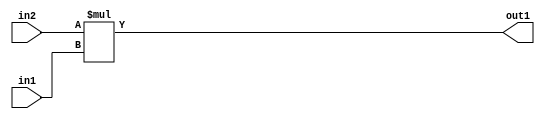
`timescale 1ps / 1ps
/*****************************************************************************
    Verilog RTL Description
    
    
    Created by: Stratus DpOpt 21.05.01 
*******************************************************************************/

module SobelFilter_Mul_32Ux24U_34U_4 (
	in2,
	in1,
	out1
	); /* architecture "behavioural" */ 
input [31:0] in2;
input [23:0] in1;
output [33:0] out1;
wire [33:0] asc001;

assign asc001 = 
	+(in2 * in1);

assign out1 = asc001;
endmodule

/* CADENCE  ubH4Qw0= : u9/ySxbfrwZIxEzHVQQV8Q== ** DO NOT EDIT THIS LINE ******/